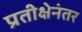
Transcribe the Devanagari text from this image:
प्रतीक्षेनंतर